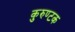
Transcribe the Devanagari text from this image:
कुरुण्टक